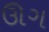
ઊગ